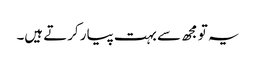
یہ تو مجھ سے بہت پیار کرتے ہیں۔